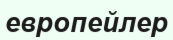
европейлер